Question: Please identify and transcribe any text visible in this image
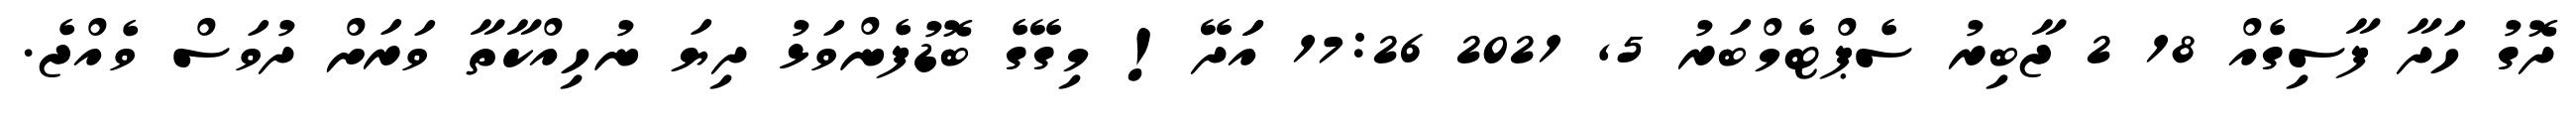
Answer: ދޮގު ހަދާ ފާސިގެއް 18 2 ޖާބިރު ސެޕްޓެމްބަރު 5, 2021 17:26 އަަދޭ! މިގޭގެ ބޮޑުފެންވަޅު ދިޔަ ނުހިއްކާތާ ވަރަށް ދުވަސް ވެއްޖެ.